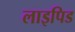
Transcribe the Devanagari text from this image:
लाइपिड